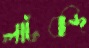
লাটবন্দি